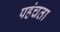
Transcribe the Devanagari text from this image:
पहंचता